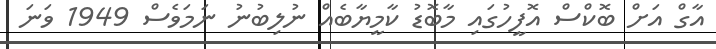
އާގް އަށް ބޮކްސް އޮފީހުގައި މާބޮޑު ކާމީޔާބެއް ނުލިބުނު ނަމަވެސް 1949 ވަނަ